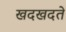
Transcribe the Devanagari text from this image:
खदखदते